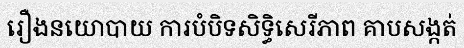
រឿងនយោបាយ ការបំបិទសិទ្ធិសេរីភាព គាបសង្កត់